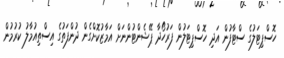
ހޮސްޕިޓަލުގެ ސްޓާފުން އަދި ހޮސްޕިޓަލުން ފަރުހޯދާ ޕޭޝެންޓުންނަށް އަމާޒުކޮށްގެން ދުންފަތުގެ އިސްތިއުމާލު ކުރުމުން